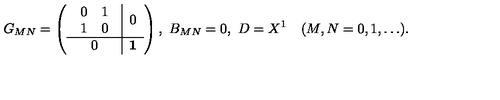
G _ { M N } = \left( \begin{array} { c | c } { \begin{array} { c c } { 0 } & { 1 } \\ { 1 } & { 0 } \\ \end{array} } & { 0 } \\ \hline { 0 } & { \mathrm { { \bf 1 } } } \\ \end{array} \right) , \ B _ { M N } = 0 , \ D = X ^ { 1 } \quad ( M , N = 0 , 1 , \dots ) .